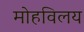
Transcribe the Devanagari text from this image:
मोहविलय